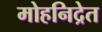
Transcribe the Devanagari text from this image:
मोहनिद्रेत